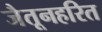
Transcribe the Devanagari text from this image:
जैतूनहरित